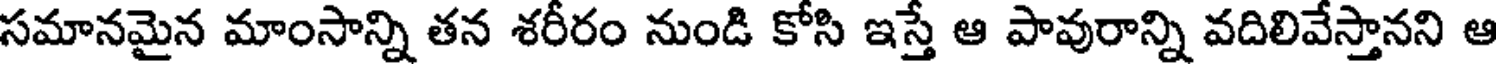
సమానమైన మాంసాన్ని తన శరీరం నుండి కోసి ఇస్తే ఆ పావురాన్ని వదిలివేస్తానని ఆ